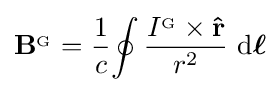
\mathbf {B} ^{_{\mathrm {G} }}={\frac {1}{c}}\!\oint {\frac {I^{_{\mathrm {G} }}\times \mathbf {\hat {r}} }{r^{2}}}\,\operatorname {d} \!\mathbf {\boldsymbol {\ell }}